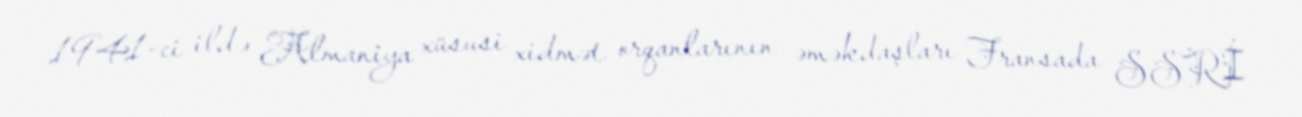
1941-ci ildə Almaniya xüsusi xidmət orqanlarının əməkdaşları Fransada SSRİ